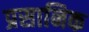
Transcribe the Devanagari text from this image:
प्रसानिक